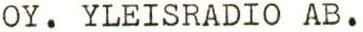
OY. YLEISRADIO AB.